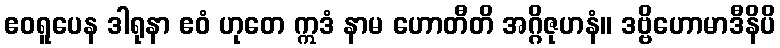
ဧဝရူပေန ဒါရုနာ ဧဝံ ဟုတေ ဣဒံ နာမ ဟောတီတိ အဂ္ဂိဇုဟနံ။ ဒဗ္ဗိဟောမာဒီနိပိ